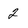
Character: 2